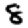
Digit: 8